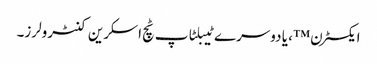
ایکسٹرن ™ ، یا دوسرے ٹیبلٹاپ ٹچ اسکرین کنٹرولرز۔